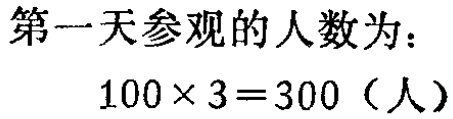
第一天参观的人数为：
\(100\times 3 = 300（人）\)